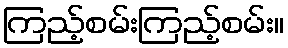
ကြည့်စမ်းကြည့်စမ်း။